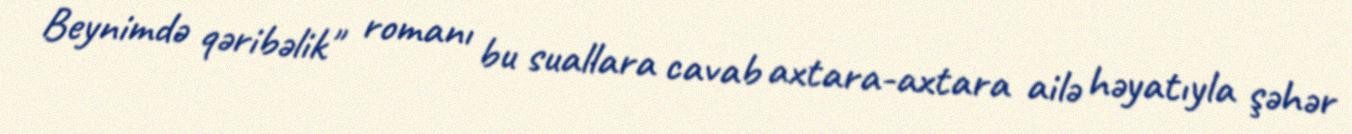
Beynimdə qəribəlik" romanı bu suallara cavab axtara-axtara ailə həyatıyla şəhər